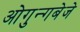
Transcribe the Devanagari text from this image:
ओगुन्गबेजे